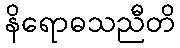
နိရောဓသညီတိ